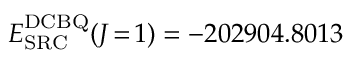
E _ { \mathrm { S R C } } ^ { \mathrm { D C B Q } } ( J \! = \! 1 ) = - 2 0 2 9 0 4 . 8 0 1 3